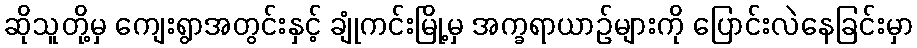
ဆိုသူတို့မှ ကျေးရွာအတွင်းနှင့် ချုံကင်းမြို့မှ အက္ခရာယာဉ်များကို ပြောင်းလဲနေခြင်းမှာ